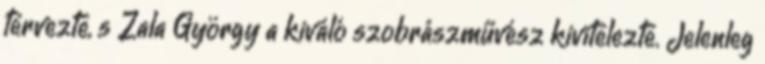
tervezte, s Zala György a kiváló szobrászművész kivitelezte. Jelenleg